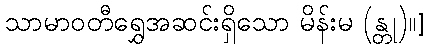
သာမာဝတီရွှေအဆင်းရှိသော မိန်းမ (န္တု)။]